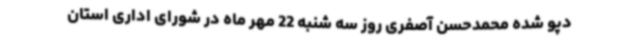
دپو شده محمدحسن آصفری روز سه شنبه 22 مهر ماه در شورای اداری استان